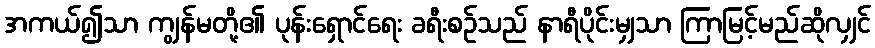
အကယ်၍သာ ကျွန်မတို့၏ ပုန်းရှောင်ရေး ခရီးစဉ်သည် နာရီပိုင်းမျှသာ ကြာမြင့်မည်ဆိုလျှင်